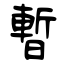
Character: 暫